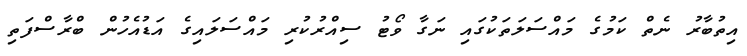
އިތުބާރު ނެތް ކަމުގެ މައްސަލަތަކުގައި ނަގާ ވޯޓު ސިއްރުކުރި މައްސަލައިގެ އަޑުއެހުން ބްރާސްފަތި